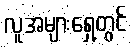
လူအများရှေ့တွင်